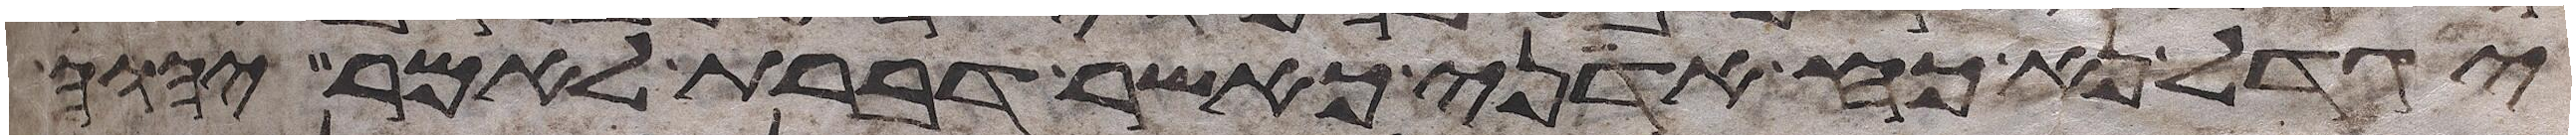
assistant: יגדל נא כח אדני כאשר דברת לאמר יהוה